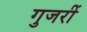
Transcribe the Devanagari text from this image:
गुजरीं